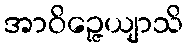
အာဝိဉ္ဇေယျာသိ